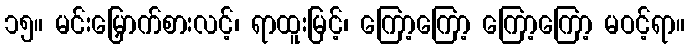
၁၅။ မင်းမြှောက်စားလင့်၊ ရာထူးမြင့်၊ ကြော့ကြော့ ကြော့ကြော့ မဝင့်ရာ။